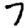
Digit: 7